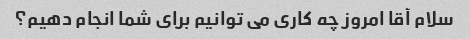
سلام آقا امروز چه کاری می توانیم برای شما انجام دهیم؟